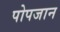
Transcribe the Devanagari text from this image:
पोपजान